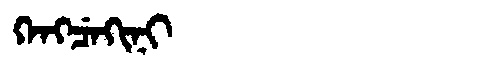
Manchu: ᡴᡝᠩᠴᡝᡴᡳᠨᡳ
Romanization: KENGCEKINI